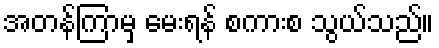
အတန်ကြာမှ မေးရန် စကားစ သွယ်သည်။